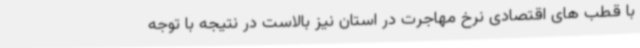
با قطب های اقتصادی نرخ مهاجرت در استان نیز بالاست در نتیجه با توجه